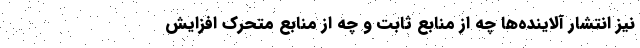
نیز انتشار آلاینده‌ها چه از منابع ثابت و چه از منابع متحرک افزایش